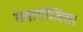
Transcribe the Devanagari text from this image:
समायोजित।